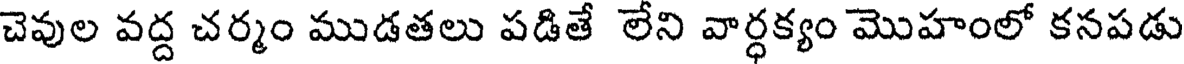
చెవుల వద్ద చర్మం ముడతలు పడితే లేని వార్ధక్యం మొహంలో కనపడు